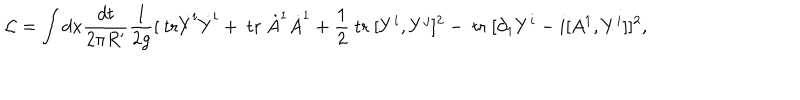
{ \cal L } = \int d x \frac { d t } { 2 \pi R ^ { \prime } } \frac { 1 } { 2 g } [ \mathrm { ~ t r } \dot { Y } ^ { i } \dot { Y } ^ { i } + \mathrm { ~ t r ~ } \dot { A } ^ { 1 } \dot { A } ^ { 1 } + \frac { 1 } { 2 } \mathrm { ~ t r ~ } [ Y ^ { i } , Y ^ { j } ] ^ { 2 } - \mathrm { ~ t r ~ } [ \partial _ { 1 } Y ^ { i } - i [ A ^ { 1 } , Y ^ { i } ] ] ^ { 2 } ,